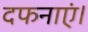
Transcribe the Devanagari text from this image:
दफनाएं।